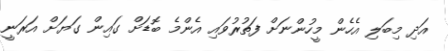
އަދި މިބަލި އެހެން މީހުންނަށް ފަތުރުވައި އެންމެ ބޮޑަށް ގައިން ގަޔަށް އަރަނީ